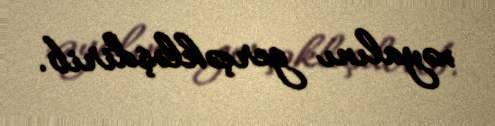
xəyalını gerçəkləşdirib.